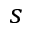
s